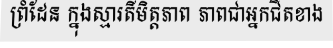
ព្រំដែន ក្នុងស្មារតីមិត្តភាព ភាពជាអ្នកជិតខាង